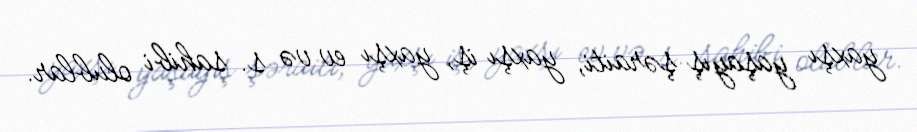
yaxşı yaşayış şəraiti, yaxşı iş, yaxşı ev və s. sahibi olublar.